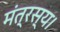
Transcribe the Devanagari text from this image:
मंत्रस्य।